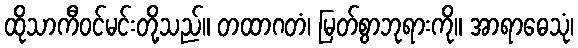
ထိုသာကီဝင်မင်းတို့သည်။ တထာဂတံ၊ မြတ်စွာဘုရားကို။ အာရာဓေသုံ၊